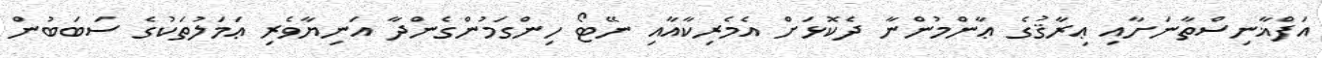
އަފްޣާނިސްތާނަށާއި ޢިރާޤުގެ ޢާންމުންނާ ދެކޮޅަށް އެމެރިކާއާއި ނޭޓޯ ހިންގަމުންގެންދާ އަނިޔާވެރި ޢަމަލުތަކުގެ ސަބަބުން